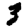
Digit: 3